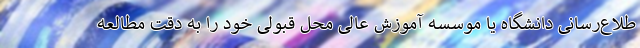
طلاع‌رسانی دانشگاه یا موسسه آموزش عالی محل قبولی خود را به دقت مطالعه